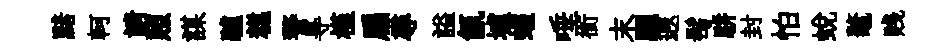
黯軻請照謀驢糕警㝵槿扁尋謚氤壚蝗唾銜末驪遐髩駢封怕蛻鼇贱